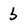
Character: b